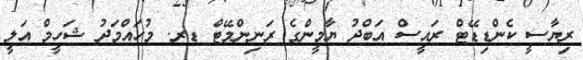
ރިޔާސީ ކެންޑިޑޭޓް ރައީސް އަބްދު ޔާމީންގެ ރަނިންމޭޓް ޑރ. މުހައްމަދު ޝަހީމް އަލީ